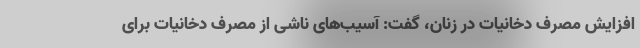
افزایش مصرف دخانیات در زنان، گفت: آسیب‌های ناشی از مصرف دخانیات برای